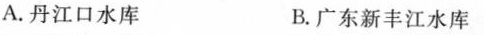
A.丹江口水库 B.广东新丰江水库